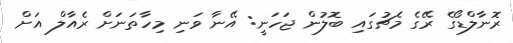
ރޮނާލްޑޯގެ ރޭގެ މެޗުގައި ބޮލުން ޖަހަނީ: އޭނާ ވަނި މިހާތަނަށް ރެއާލް އަށް